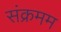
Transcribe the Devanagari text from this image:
संक्रमम